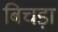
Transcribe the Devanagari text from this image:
बिचड़ा